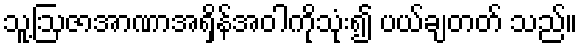
သူ့ဩဇာအာဏာအရှိန်အဝါကိုသုံး၍ ပယ်ချတတ် သည်။